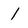
Character: 1